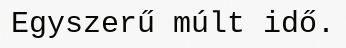
Egyszerű múlt idő.